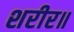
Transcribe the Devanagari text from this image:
शरीर॥